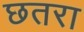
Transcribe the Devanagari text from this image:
छतरा